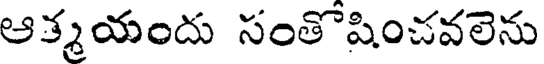
ఆత్మయందు సంతొషించవలెను